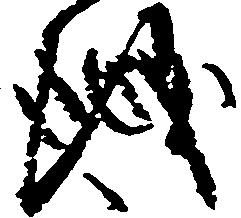
儀